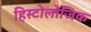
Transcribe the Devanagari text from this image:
हिस्टोलोजिक